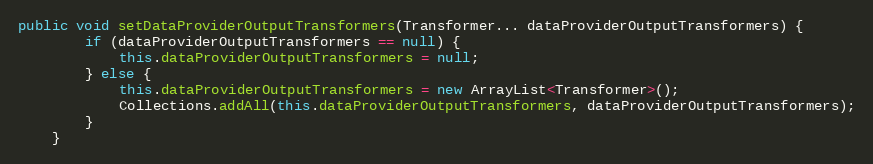
Language: Java
public void setDataProviderOutputTransformers(Transformer... dataProviderOutputTransformers) {
        if (dataProviderOutputTransformers == null) {
            this.dataProviderOutputTransformers = null;
        } else {
            this.dataProviderOutputTransformers = new ArrayList<Transformer>();
            Collections.addAll(this.dataProviderOutputTransformers, dataProviderOutputTransformers);
        }
    }